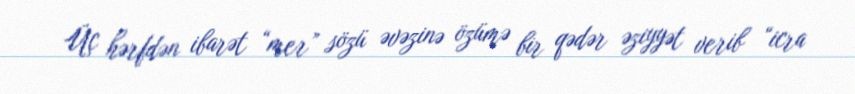
Üç hərfdən ibarət “mer” sözü əvəzinə özümə bir qədər əziyyət verib “icra